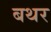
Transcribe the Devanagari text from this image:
बथर